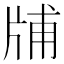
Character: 𤗃